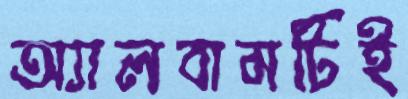
অ্যালবামটিই